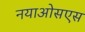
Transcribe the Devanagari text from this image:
नयाओसएस